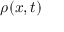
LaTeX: \rho ( x , t )